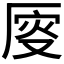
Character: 𠩹